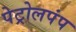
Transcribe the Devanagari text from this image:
पेट्रोलपंप